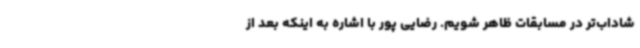
شاداب‌تر در مسابقات ظاهر شویم. رضایی پور با اشاره به اینکه بعد از